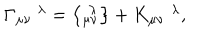
\Gamma _ { \mu \nu } ^ { \, \, \, \, \, \, \, \lambda } = \left\{ _ { \mu \nu } ^ { \, \, \lambda } \right\} + K _ { \mu \nu } ^ { \, \, \, \, \, \, \, \lambda } ,